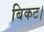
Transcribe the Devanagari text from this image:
बिकट।